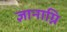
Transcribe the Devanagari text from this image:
ज्ञानाग्नि